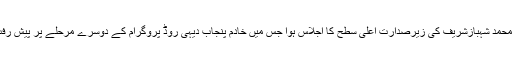
وزیراعلی پنجاب محمد شہبازشریف کی زیرصدارت اعلی سطح کا اجلاس ہوا جس میں خادم پنجاب دیہی روڈ پروگرام کے دوسرے مرحلے پر پیش رفت کا جائزہ لیا گیا۔